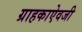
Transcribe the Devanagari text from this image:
ग्राहकाऐवजी